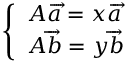
\left\{ \begin{array} { l l } { A { \overrightarrow { a } } = x { \overrightarrow { a } } } \\ { A { \overrightarrow { b } } = y { \overrightarrow { b } } } \end{array} \right.